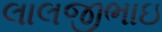
લાલજીભાઇ